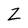
Character: Z